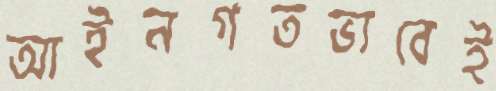
আইনগতভাবেই